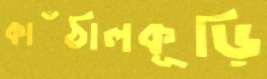
কাঁঠালকূড়ি